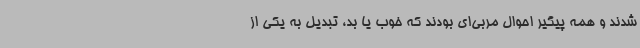
شدند و همه پیگیر احوال مربی‌ای بودند که خوب یا بد، تبدیل به یکی از